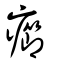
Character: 癤